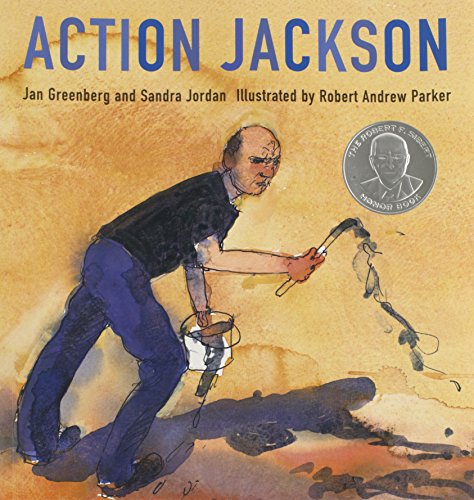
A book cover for Action Jackson; Jan Greenberg; Children's Books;